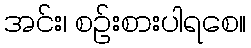
အင်း၊ စဉ်းစားပါရစေ။